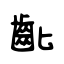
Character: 齔